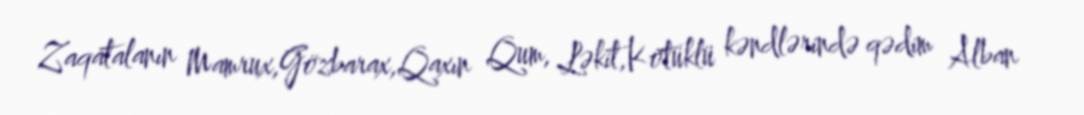
Zaqatalanın Mamrux,Gözbarax,Qaxın Qum, Ləkit,Kötüklü kəndlərində qədim Alban